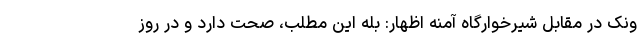
ونک در مقابل شیرخوارگاه آمنه اظهار: بله این مطلب، صحت دارد و در روز